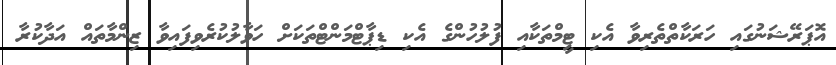
އޮޕަރޭޝަނުގައި ހަރަކާތްތެރިވާ އެކި ޓީމްތަކާއި ފުލުހުންގެ އެކި ޑިޕާޓްމަންޓްތަކަށް ހަވާލުކުރެވިފައިވާ ޒިންމާތައް އަދާކުރާ